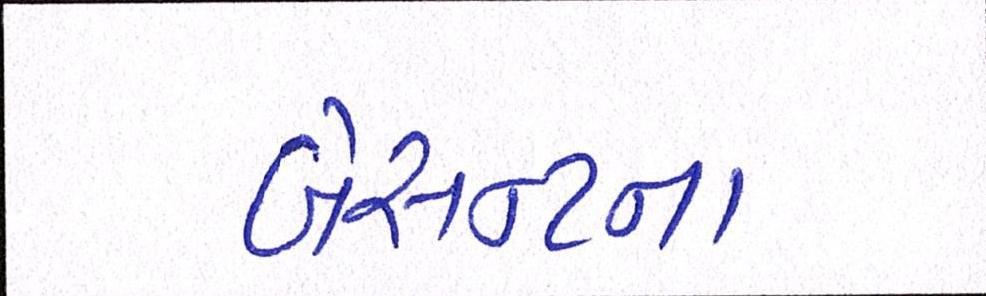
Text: બેસન્ટના